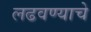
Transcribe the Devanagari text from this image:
लढवण्याचे